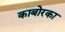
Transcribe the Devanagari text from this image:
काबोरका